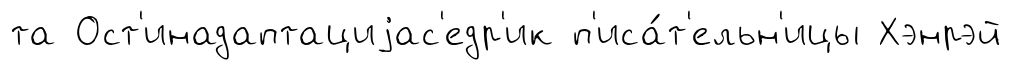
та Ост'инадаптациjас'едр'ик п'иса́т'ельн'ицы Хэнрэй